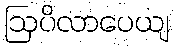
ဩပိလာပေယျ